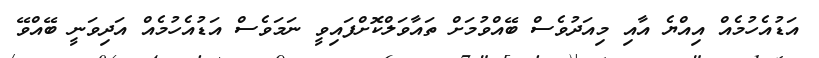
އަޑުއެހުމެއް އިއްޔެ އާއި މިއަދުވެސް ބޭއްވުމަށް ތައާވަލްކޮށްފައިވީ ނަމަވެސް އަޑުއެހުމެއް އަދިވަނީ ބޭއްވޭ